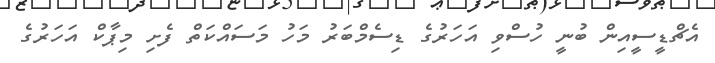
އެޗްޑީސީއިން ބުނީ ހުސްވި އަހަރުގެ ޑިސެމްބަރު މަހު މަސައްކަތް ފެށި މިޕާކް އަހަރުގެ